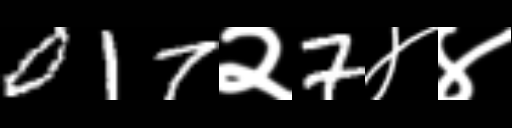
Text: 017२7४४